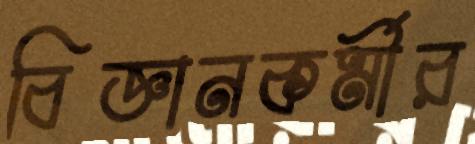
বিজ্ঞানকর্মীর